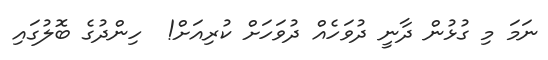
ނަމަ މި ގުޅުން ދާނީ ދުވަހެއް ދުވަހަށް ކުރިއަށް!  ހިންދުގެ ބޮލުގައި